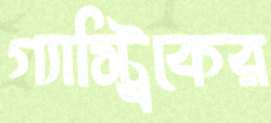
গ্যাস্ট্রিকের